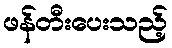
ဖန်တီးပေးသည့်